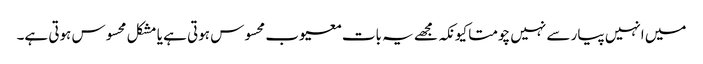
میں انہیں پیار سے نہیں چومتا کیونکہ مجھے یہ بات معیوب محسوس ہوتی ہے یا مشکل محسوس ہوتی ہے۔